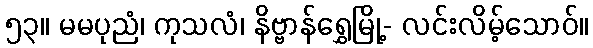
၅၃။ မမပုညံ၊ ကုသလံ၊ နိဗ္ဗာန်ရွှေမြို့- လင်းလိမ့်သောဝ်။